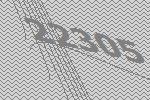
22305